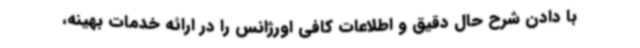
با دادن شرح حال دقیق و اطلاعات کافی اورژانس را در ارائه خدمات بهینه،